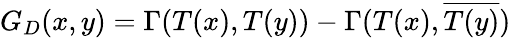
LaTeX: G_{D}(x,y)=\Gamma(T(x),T(y))-\Gamma(T(x),\overline{{T(y)}})